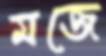
মজে